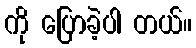
ကို ပြောခဲ့ပါ တယ်။